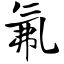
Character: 氟